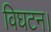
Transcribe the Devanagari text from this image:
विघटन।